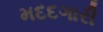
મદદગારી